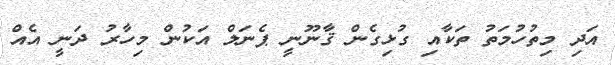
އަދި މިތުހުމަތު ތަކާއި ގުޅިގެން ޤާނޫނީ ޕެނަލް އަކުން މިހާރު ދަނީ އެއް